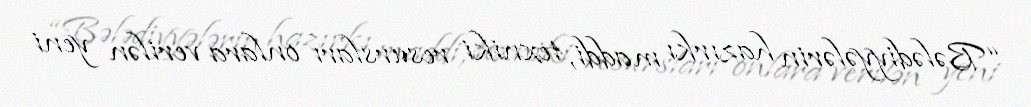
“Bələdiyyələrin hazırkı maddi, texniki resursları onlara verilən yeni